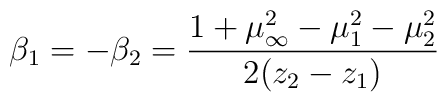
\beta_1 = -\beta_2 = \frac{1+\mu _\infty^2 -\mu _1^2 -\mu _2^2}{2(z_2-z_1)}